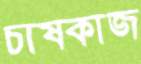
চাষকাজ